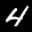
Digit: 4